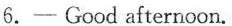
6. - Good afternoon.